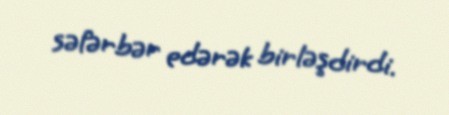
səfərbər edərək birləşdirdi.